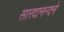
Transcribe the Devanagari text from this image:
सारदानन्दने